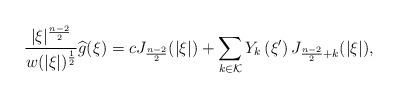
LaTeX: \begin{align*}\frac{|\xi|^{\frac{n-2}{2}}}{w(|\xi|)^\frac{1}{2}}\widehat{g}(\xi)=cJ_{\frac{n-2}{2}}(|\xi|)+\sum_{k\in\mathcal{K}}Y_k\left(\xi^\prime\right)J_{\frac{n-2}{2}+k}(|\xi|),\end{align*}